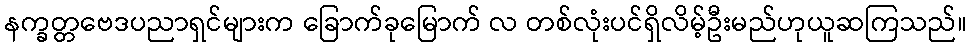
နက္ခတ္တဗေဒပညာရှင်များက ခြောက်ခုမြောက် လ တစ်လုံးပင်ရှိလိမ့်ဦးမည်ဟုယူဆကြသည်။